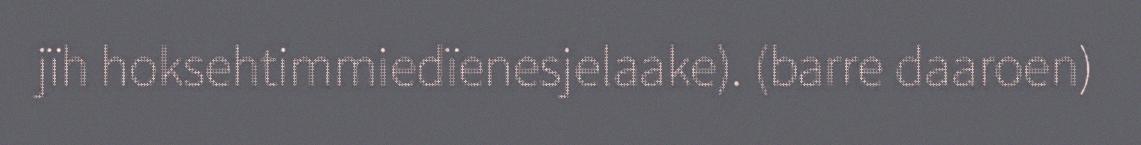
jïh hoksehtimmiedïenesjelaake). (barre daaroen)